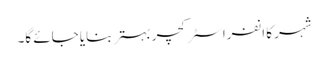
شہر کا انفراسٹرکچر بہتر بنایا جائے گا۔